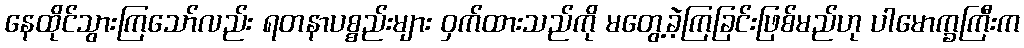
နေထိုင်သွားကြသော်လည်း ရတနာပစ္စည်းများ ဝှက်ထားသည်ကို မတွေ့ခဲ့ကြခြင်းဖြစ်မည်ဟု ပါမောက္ခကြီးက